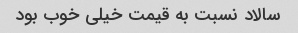
سالاد نسبت به قیمت خیلی خوب بود